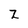
Character: Z